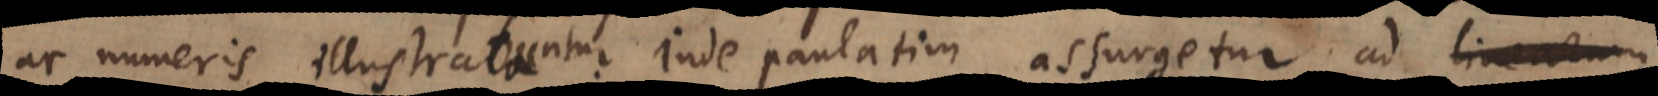
illustrata illustrabuntur. Inde paulatim assurgetur ad linearum